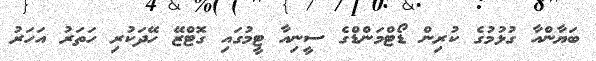
ބަޔާންއާ ގުޅުމުގެ ކުރިން ޑޯޓްމަންޑްގެ ސީނިއާ ޓީމުގައި ގޮޓްޒޭ ހޭދަކުރި ހަތަރު އަހަރު